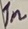
Text: 1n